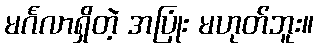
မင်္ဂလာရှိတဲ့ အပြုံး မဟုတ်ဘူး။